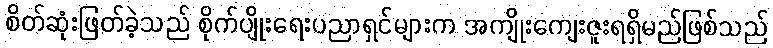
စိတ်ဆုံးဖြတ်ခဲ့သည် စိုက်ပျိုးရေးပညာရှင်များက အကျိုးကျေးဇူးရရှိမည်ဖြစ်သည်